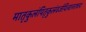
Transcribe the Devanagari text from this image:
मातृकुलंपितृकुलंवर्जयित्वानराधमः